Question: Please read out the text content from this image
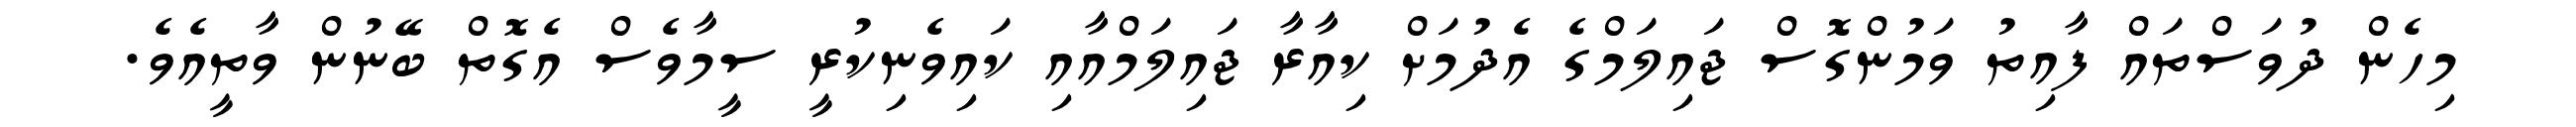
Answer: މިހެން ދުވަސްތައް ފާއިތު ވަމުންގޮސް ޖައިލަމްގެ އެދުމަށް ކިއާރާ ޖައިލަމްއާއި ކައިވެނިކުރީ ސީމާވެސް އެގޮތް ބޭނުން ވާތީއެވެ.